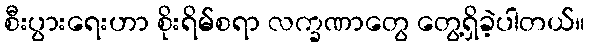
စီးပွားရေးဟာ စိုးရိမ်စရာ လက္ခဏာတွေ တွေ့ရှိခဲ့ပါတယ်။